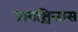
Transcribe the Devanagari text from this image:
प्रायश्चित्तास